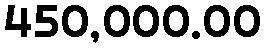
450,000.00